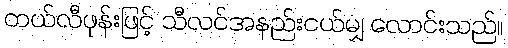
တယ်လီဖုန်းဖြင့် သီလင်အနည်းငယ်မျှ လောင်းသည်။